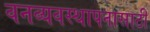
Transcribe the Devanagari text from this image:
वनव्यवस्थापनासाठी